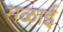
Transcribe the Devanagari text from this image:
मळाई